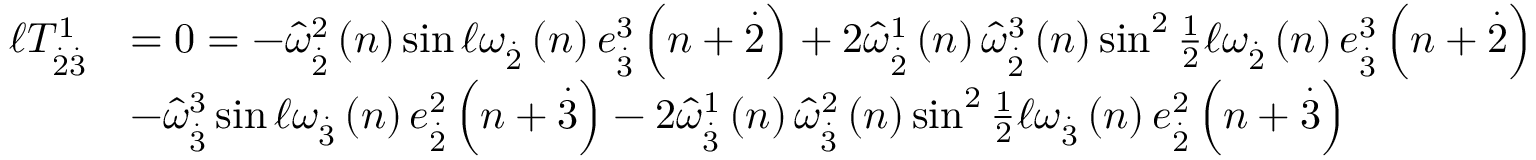
\begin{array} { r l } { \mathcal { \ell } T _ { \overset { . } { 2 } \overset { . } { 3 } } ^ { 1 } } & { = 0 = - \widehat { \omega } _ { \overset { . } { 2 } } ^ { 2 } \left( n \right) \sin \mathcal { \ell } \omega _ { \overset { . } { 2 } } \left( n \right) e _ { \overset { . } { 3 } } ^ { 3 } \left( n + \overset { . } { 2 } \right) + 2 \widehat { \omega } _ { \overset { . } { 2 } } ^ { 1 } \left( n \right) \widehat { \omega } _ { \overset { . } { 2 } } ^ { 3 } \left( n \right) \sin ^ { 2 } \frac { 1 } { 2 } \mathcal { \ell } \omega _ { \overset { . } { 2 } } \left( n \right) e _ { \overset { . } { 3 } } ^ { 3 } \left( n + \overset { . } { 2 } \right) } \\ & { - \widehat { \omega } _ { \overset { . } { 3 } } ^ { 3 } \sin \mathcal { \ell } \omega _ { \overset { . } { 3 } } \left( n \right) e _ { \overset { . } { 2 } } ^ { 2 } \left( n + \overset { . } { 3 } \right) - 2 \widehat { \omega } _ { \overset { . } { 3 } } ^ { 1 } \left( n \right) \widehat { \omega } _ { \overset { . } { 3 } } ^ { 2 } \left( n \right) \sin ^ { 2 } \frac { 1 } { 2 } \mathcal { \ell } \omega _ { \overset { . } { 3 } } \left( n \right) e _ { \overset { . } { 2 } } ^ { 2 } \left( n + \overset { . } { 3 } \right) } \end{array}